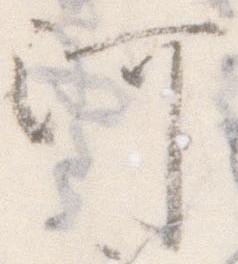
河